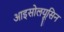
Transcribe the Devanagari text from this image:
आइसोलयूसिन